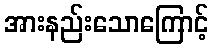
အားနည်းသောကြောင့်